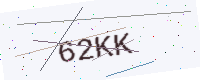
Text: 62KK